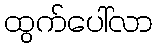
ထွက်ပေါ်လာ